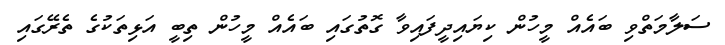
ސަލާމަތްވި ބައެއް މީހުން ކިޔައިދީފައިިވާ ގޮތުގައި ބައެއް މީހުން ތިބީ އަޅިތަކުގެ ތެރޭގައި